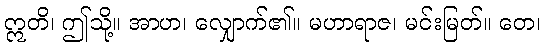
ဣတိ၊ ဤသို့။ အာဟ၊ လျှောက်၏။ မဟာရာဇ၊ မင်းမြတ်။ တေ၊